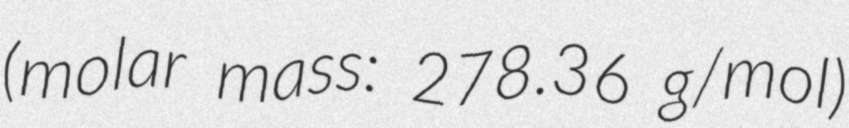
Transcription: (molar mass: 278.36 g/mol)